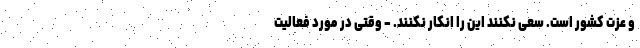
و عزت کشور است. سعی نکنند این را انکار نکنند. - وقتی در مورد فعالیت